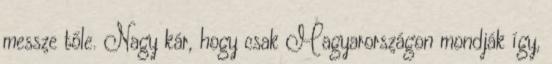
messze tőle. Nagy kár, hogy csak Magyarországon mondják így,